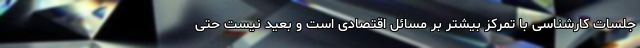
جلسات کارشناسی با تمرکز بیشتر بر مسائل اقتصادی است و بعید نیست حتی